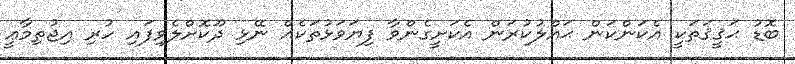
ބޮޑު ޙަޤީޤަތަކީ އެކަންކަން ޙައްލުކުރަން އެކަށީގެންވާ ފިޔަވަޅުތަކެއް ނޭޅި ދޫކޮށްލެވިފައި ހުރި އިޖުތިމާޢީ